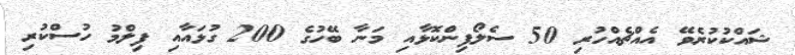
ޝައްކުކުރެވޭ އެއްޗެއްހުރި 50 ސެލޯފިންކޮޅާއި މަނާ ބޭހުގެ 200 ގުޅައާއި ފިލްމު ހުސްކުރި